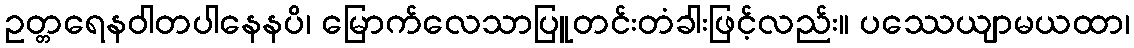
ဥတ္တရေနဝါတပါနေနပိ၊ မြောက်လေသာပြူတင်းတံခါးဖြင့်လည်း။ ပဿေယျာမယထာ၊